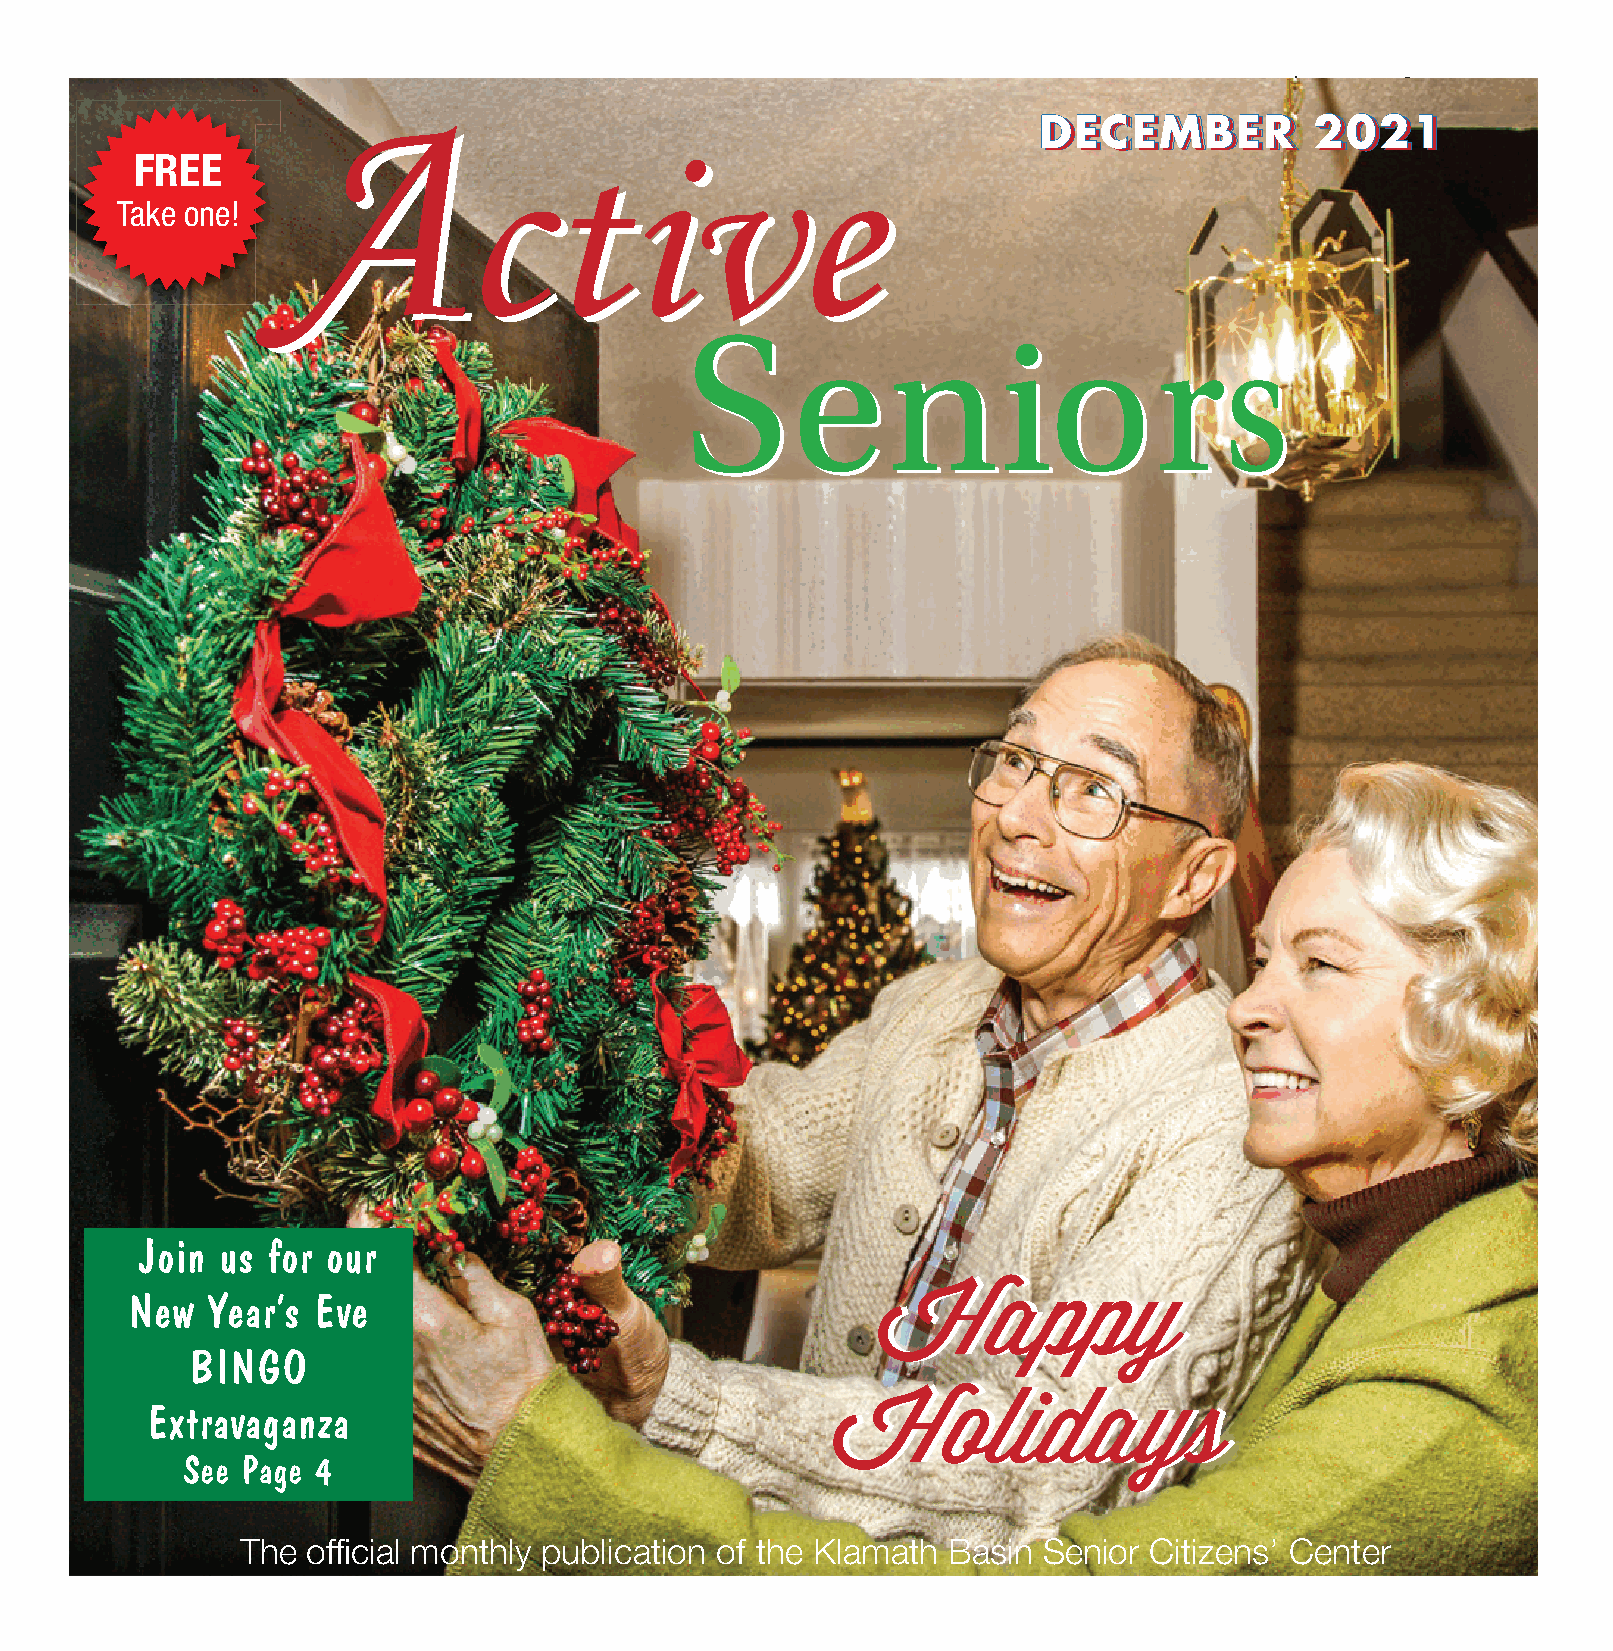
December 2021 | Active Seniors • 1
 AAA
 AAA
 DDEECCEEMMBBEERR  22002211
 FREE
 ccttiivvee
 Take one!
 SSeenniioorrss
 Join  us for our
 HHaappppyy
 New   Year’s Eve
 BINGO
 HHoolliiddaayyss
 Extravaganza
 See Page 4
 The offi cial monthly publication of the Klamath Basin Senior Citizens’ Center